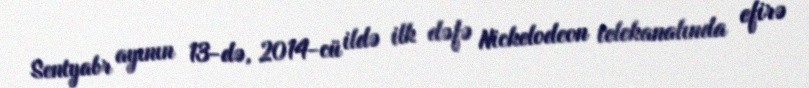
Sentyabr ayının 13-də, 2014-cü ildə ilk dəfə Nickelodeon telekanalında efirə